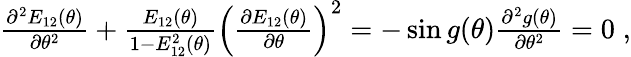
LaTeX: \begin{array}{r}{\frac{\partial^{2}E_{12}(\theta)}{\partial\theta^{2}}+\frac{E_{12}(\theta)}{1-E_{12}^{2}(\theta)}\left(\frac{\partial E_{12}(\theta)}{\partial\theta}\right)^{2}=-\sin g(\theta)\frac{\partial^{2}g(\theta)}{\partial\theta^{2}}=0\; ,}\end{array}